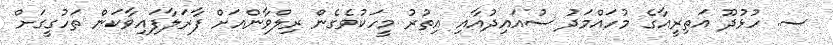
ސ. ހުޅުދޫ އަތިރީއާގެ މުހައްމަދު ސުއައިދުއާއި އިތުރު މީހަކުވެގެން ރިލްވާންއަށް ފާރަލާފައިވާކަން ތަހުގީގަށް